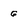
Character: G